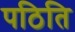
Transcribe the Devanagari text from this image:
पठिति